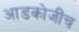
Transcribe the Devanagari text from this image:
आडकोजींच